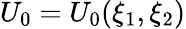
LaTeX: U_{0}=U_{0}(\xi_{1},\xi_{2})